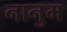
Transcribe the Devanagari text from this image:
नानुम